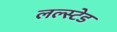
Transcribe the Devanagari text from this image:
लल्स्टेड